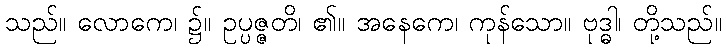
သည်။ လောကေ၊ ၌။ ဥပ္ပဇ္ဇတိ၊ ၏။ အနေကေ၊ ကုန်သော။ ဗုဒ္ဓါ၊ တို့သည်။